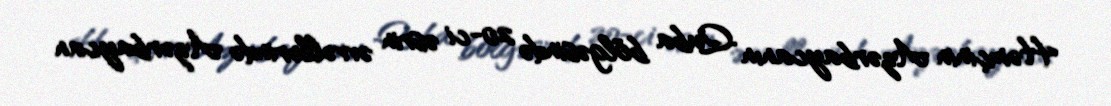
Həmçinin Azərbaycanın Quba bölgəsində 20-ci əsrin əvvəllərində Azərbaycan